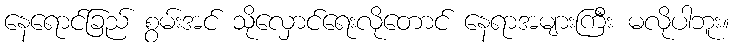
နေရောင်ခြည် စွမ်းအင် သိုလှောင်ရေးလိုတောင် နေရာအများကြီး မလိုပါဘူး။